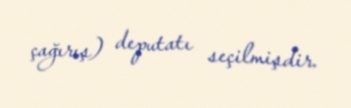
çağırış) deputatı seçilmişdir.